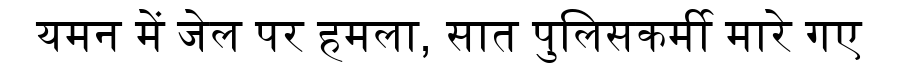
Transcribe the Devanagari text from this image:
यमन में जेल पर हमला, सात पुलिसकर्मी मारे गए